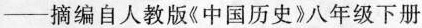
——摘编自人教版《中国历史》八年级下册